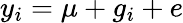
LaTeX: y_{i}=\mu+g_{i}+e